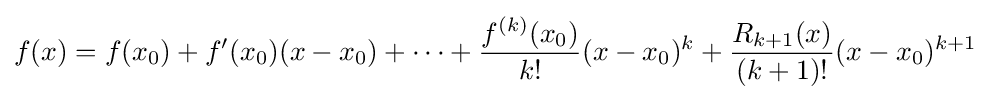
f(x)=f(x_{0})+f'(x_{0})(x-x_{0})+\cdots +{\frac {f^{(k)}(x_{0})}{k!}}(x-x_{0})^{k}+{\frac {R_{k+1}(x)}{(k+1)!}}(x-x_{0})^{k+1}